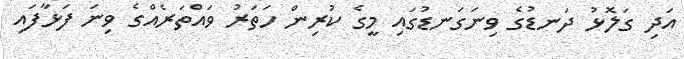
އަދި ގަލޮޅު ދަނޑުގެ ވިނަގަނޑުގައި މީގެ ކުރިން ހަތަރު ވައްތަރެއްގެ ވިނަ ފަޅާފައި